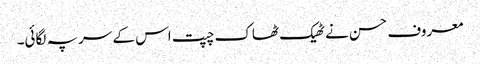
معروف حسن نے ٹھیک ٹھاک چپت اس کے سر پہ لگائی۔